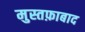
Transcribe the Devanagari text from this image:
मुस्तफ़ाबाद